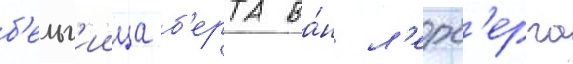
б'ельг'иица б'ерта ва́н л'ерб'ерга